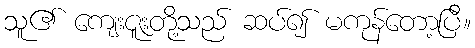
သူ၏ ကျေးဇူးတို့သည် ဆပ်၍ မကုန်တော့ပြီ။